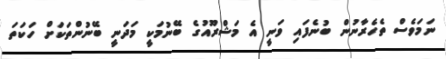
ނަމަވެސް ތެހެރާނުން ބުނެފައި ވަނީ އެ މަޝްރޫއުގެ ބޭނުމަކީ މަދަނީ ބޭނުންތަކަށް ހަކަތަ